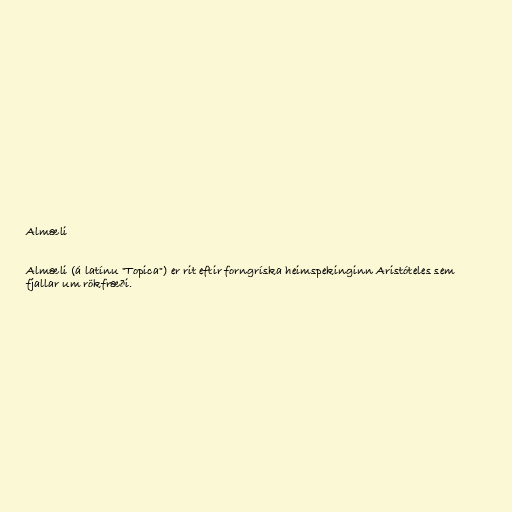
Almæli

Almæli (á latínu "Topica") er rit eftir forngríska heimspekinginn Aristóteles sem
fjallar um rökfræði.